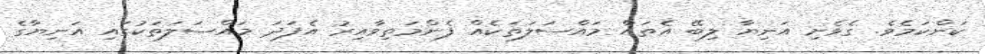
ކަންކަމެވެ. ގެވެށި އަނިޔާ ލިބޭ އެތައް މައްސަލަތަކެއް ފެންމަތިވާއިރު އެފަދަ މައްސަލަތަކުގައި އަނިޔާގެ